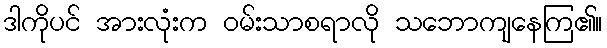
ဒါကိုပင် အားလုံးက ဝမ်းသာစရာလို သဘောကျနေကြ၏။